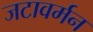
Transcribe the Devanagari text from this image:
जटावर्मन